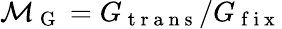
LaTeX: \mathcal{M}_{\mathrm{~G~}}=G_{\mathrm{~t~r~a~n~s~}}/G_{\mathrm{~f~i~x~}}